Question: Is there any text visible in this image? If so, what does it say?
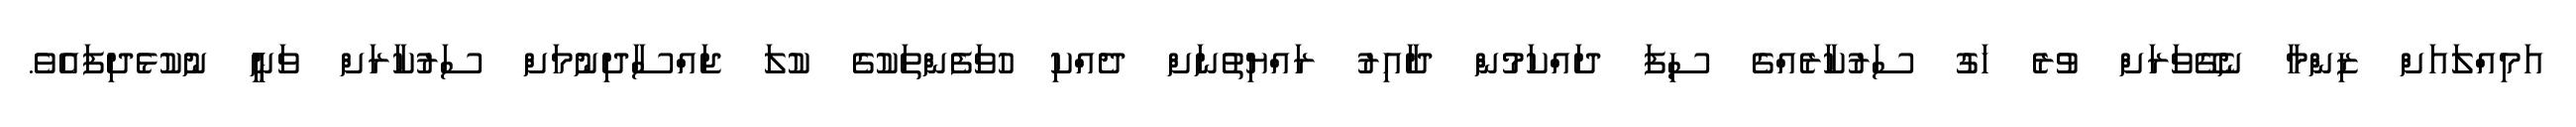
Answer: އަމިއްލައަށް ޒިންްމާ ނެގޭވަރަށް ވުރެ ހަގު ސަރުކާރެއްގެ ސިފަ ދައްކަމުންް ދާއިރު ރައްޔިތުނަށް ދެއްކި ހުވަފެންތަކުގެ ކުލަ ޖައްސާދިނުމަށް ސަރުކާރަށް ވަނީީ ނުކުޅެދިފައެވެ.